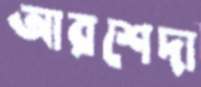
আরশেদা